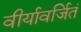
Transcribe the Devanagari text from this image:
वीर्यावर्जितं